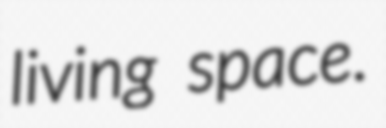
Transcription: living space.